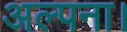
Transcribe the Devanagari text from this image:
अल्पना।